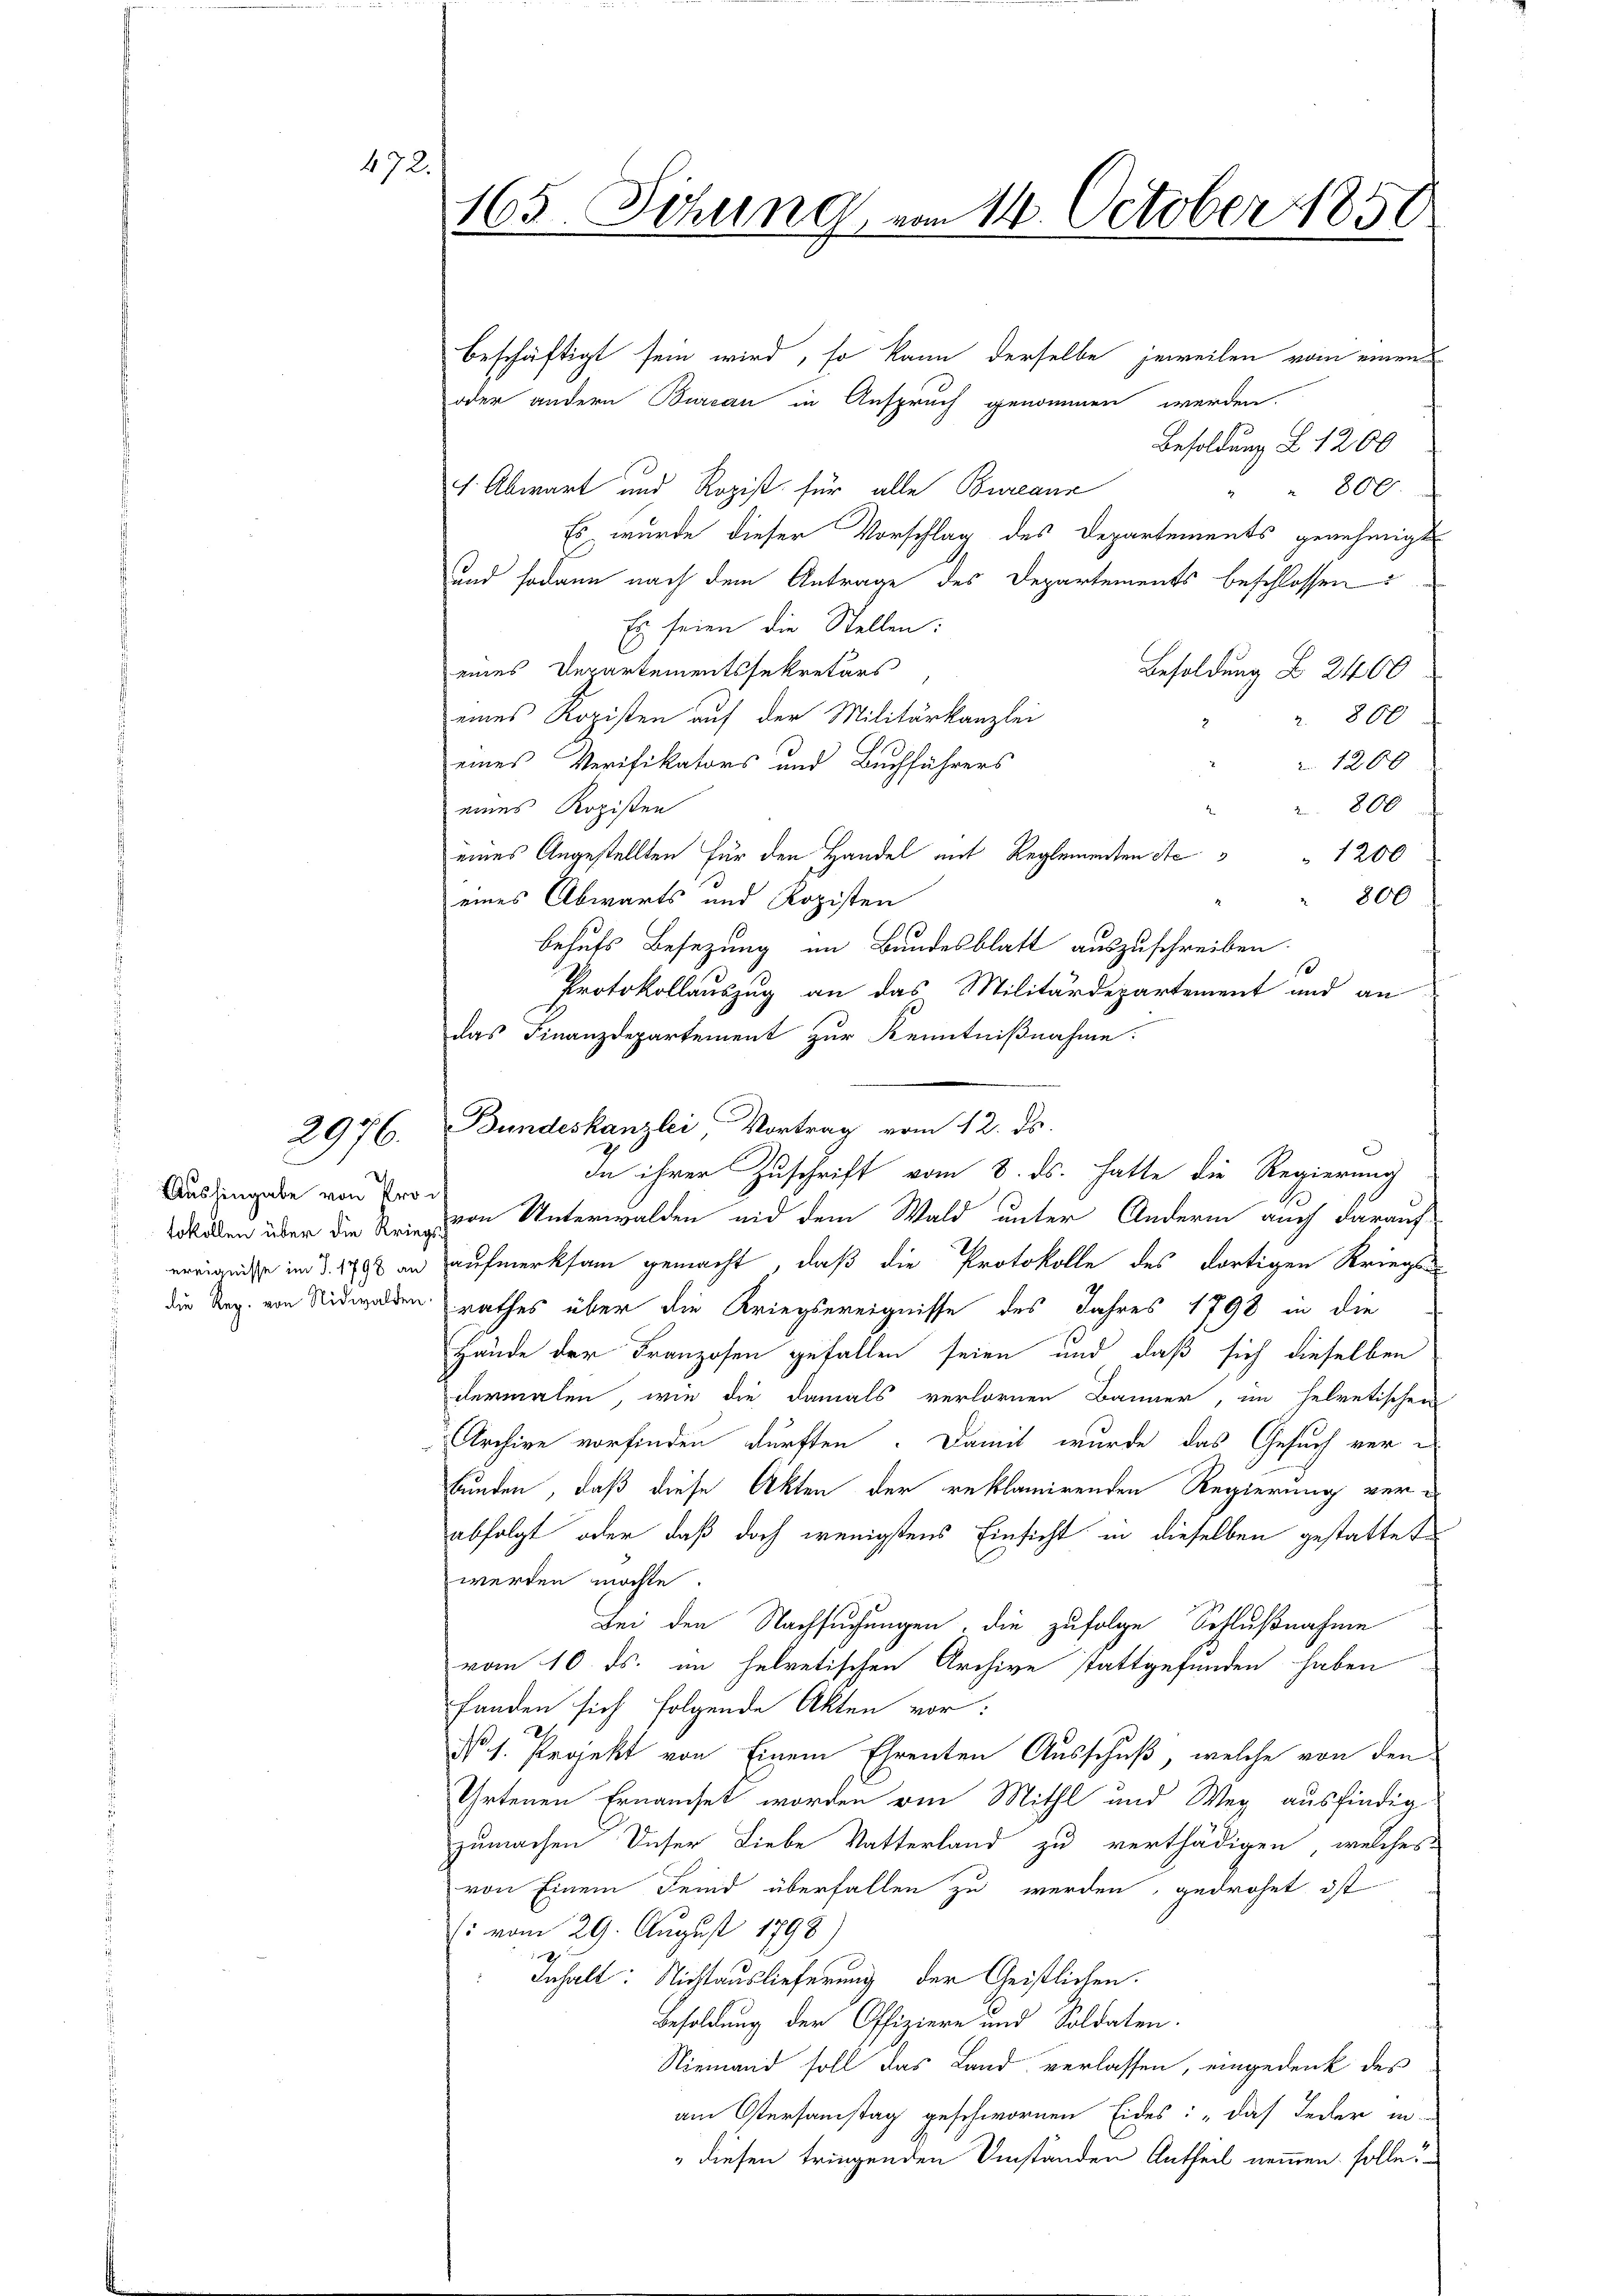
472.

2976.

2
Aushingabe von Kron

165. Sitzung vom 14. October 1850

beschäftigt sein wird, so kann derselbe jeweilen von einen
oder andern Bureau in Anspruch genommen werden.
Besoldung L. 1200
800
1. Abwart und Rozist für alle Bureaux
Es wurde dieser Vorschlag des Departements genehmigt
uund sodann nach dem Antrage des Departements beschlossen:
Es seien die Stellen:
eines Departementssekretärs
Besoldung B 2400
eines Kopisten auf der Militärkanzlei
 800
eines Verifikators und Buchführers
1208
800
eines Kopisten
eines Angestellten für den Handel mit Reglementen Ste " 1200
800
eines Abwärts und Rozisten
behufs Besezung im Bundesblatt auszuschreiben.
10
Protokollauszug an das Militärdepartement und an
das Finanzdepartement zur Kenntnißnahme:
In ihrer Zuschrift vom 8. ds. hatte die Regierung
Willen über die von Unterwalden und dem Wald unter Anderm auch darauf
ereignisse im §. 1788 an aufmerksam gemacht, daß die Protokolle des dortigen Kriegs-
die Tag von Nidwalden rathes über die Kriegsereignisse des Jahres 1798 in die
Hände der Franzosen gefallen seien und daß sich dieselben
dermalen, wie die damals verlornen Bänner, im helvetischen
Archive vorfinden dürften. Damit wurde das Gesuch verbunden, daß diese Akten der reklamirenden Regierung ver-
abfolgt oder daß doch wenigstens Einsicht in dieselben gestattete
werden möchte.
Bei den Nachsuchungen, die zufolge Schlußnahme
vom 10. ds. im helvetischen Archive stattgefunden haben
fanden sich folgende Akten vor:
d s. Projekt von Einem Ehrenten Ausschuß, welche von den
Uhrtenen Ernanset worden von Mithl und Weg ausfindig
zumachen Deser Liebe Vatterland zu verthädigen, welches
von Einem Feind überfallen zu werden, gedrohet ist
(: vom 29. August 1798
Inhalt: Nichtauslieferung der Geistlichen.
Besoldung der Offiziere und Soldaten.
Niemand soll das Land verlassen, eingedenk des
am Ostersamstag geschwornen Eides: „Das Jeder in
diesen tringenden Umständen Antheil nommen solle

Bundeskanzlei, Vortrag vom 12. ds.